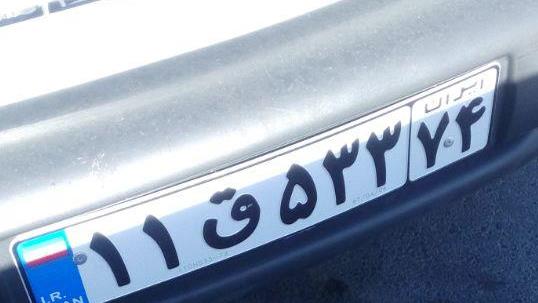
۱۱ق۵۳۳۷۴